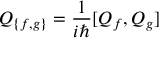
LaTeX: \quad Q _ { \{ f , g \} } = { \frac { 1 } { i \hbar } } [ Q _ { f } , Q _ { g } ]